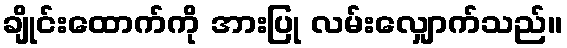
ချိုင်းထောက်ကို အားပြု လမ်းလျှောက်သည်။